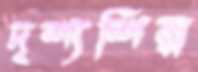
দৃশ্যশিল্প